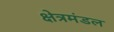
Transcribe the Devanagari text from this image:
क्षेत्रमंडल